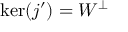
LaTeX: \ker ( j ^ { \prime } ) = W ^ { \perp }